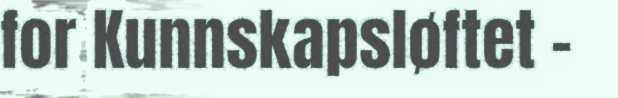
for Kunnskapsløftet -